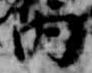
内